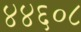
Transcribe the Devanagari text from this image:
४४६०८